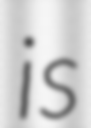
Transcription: is